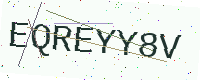
Text: EQREYY8V